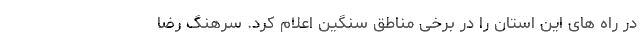
در راه های این استان را در برخی مناطق سنگین اعلام کرد. سرهنگ رضا